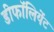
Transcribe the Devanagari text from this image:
डीफॉलियेंट